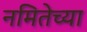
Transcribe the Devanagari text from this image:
नमितेच्या